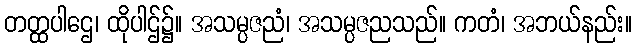
တတ္ထပါဌေ၊ ထိုပါဌ်၌။ အသမ္ပဇညံ၊ အသမ္ပဇညသည်။ ကတံ၊ အဘယ်နည်း။